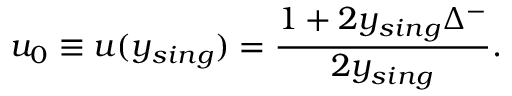
u _ { 0 } \equiv u ( y _ { s i n g } ) = \frac { 1 + 2 y _ { s i n g } \Delta ^ { - } } { 2 y _ { s i n g } } .